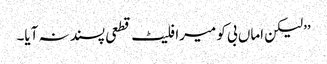
’’لیکن اماں بی کو میرا فلیٹ قطعی پسند نہ آیا۔